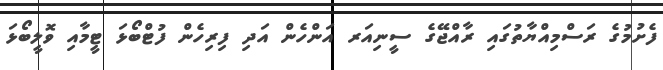
ފެށުމުގެ ރަސްމިއްޔާތުގައި ރާއްޖޭގެ ސީނިއަރ އަންހެން އަދި ފިރިހެން ފުޓްބޯޅަ ޓީމާއި ވޮލީބޯޅަ